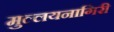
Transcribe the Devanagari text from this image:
मुल्लयनागिरी